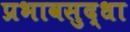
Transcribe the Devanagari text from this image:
प्रभावसुद्धा